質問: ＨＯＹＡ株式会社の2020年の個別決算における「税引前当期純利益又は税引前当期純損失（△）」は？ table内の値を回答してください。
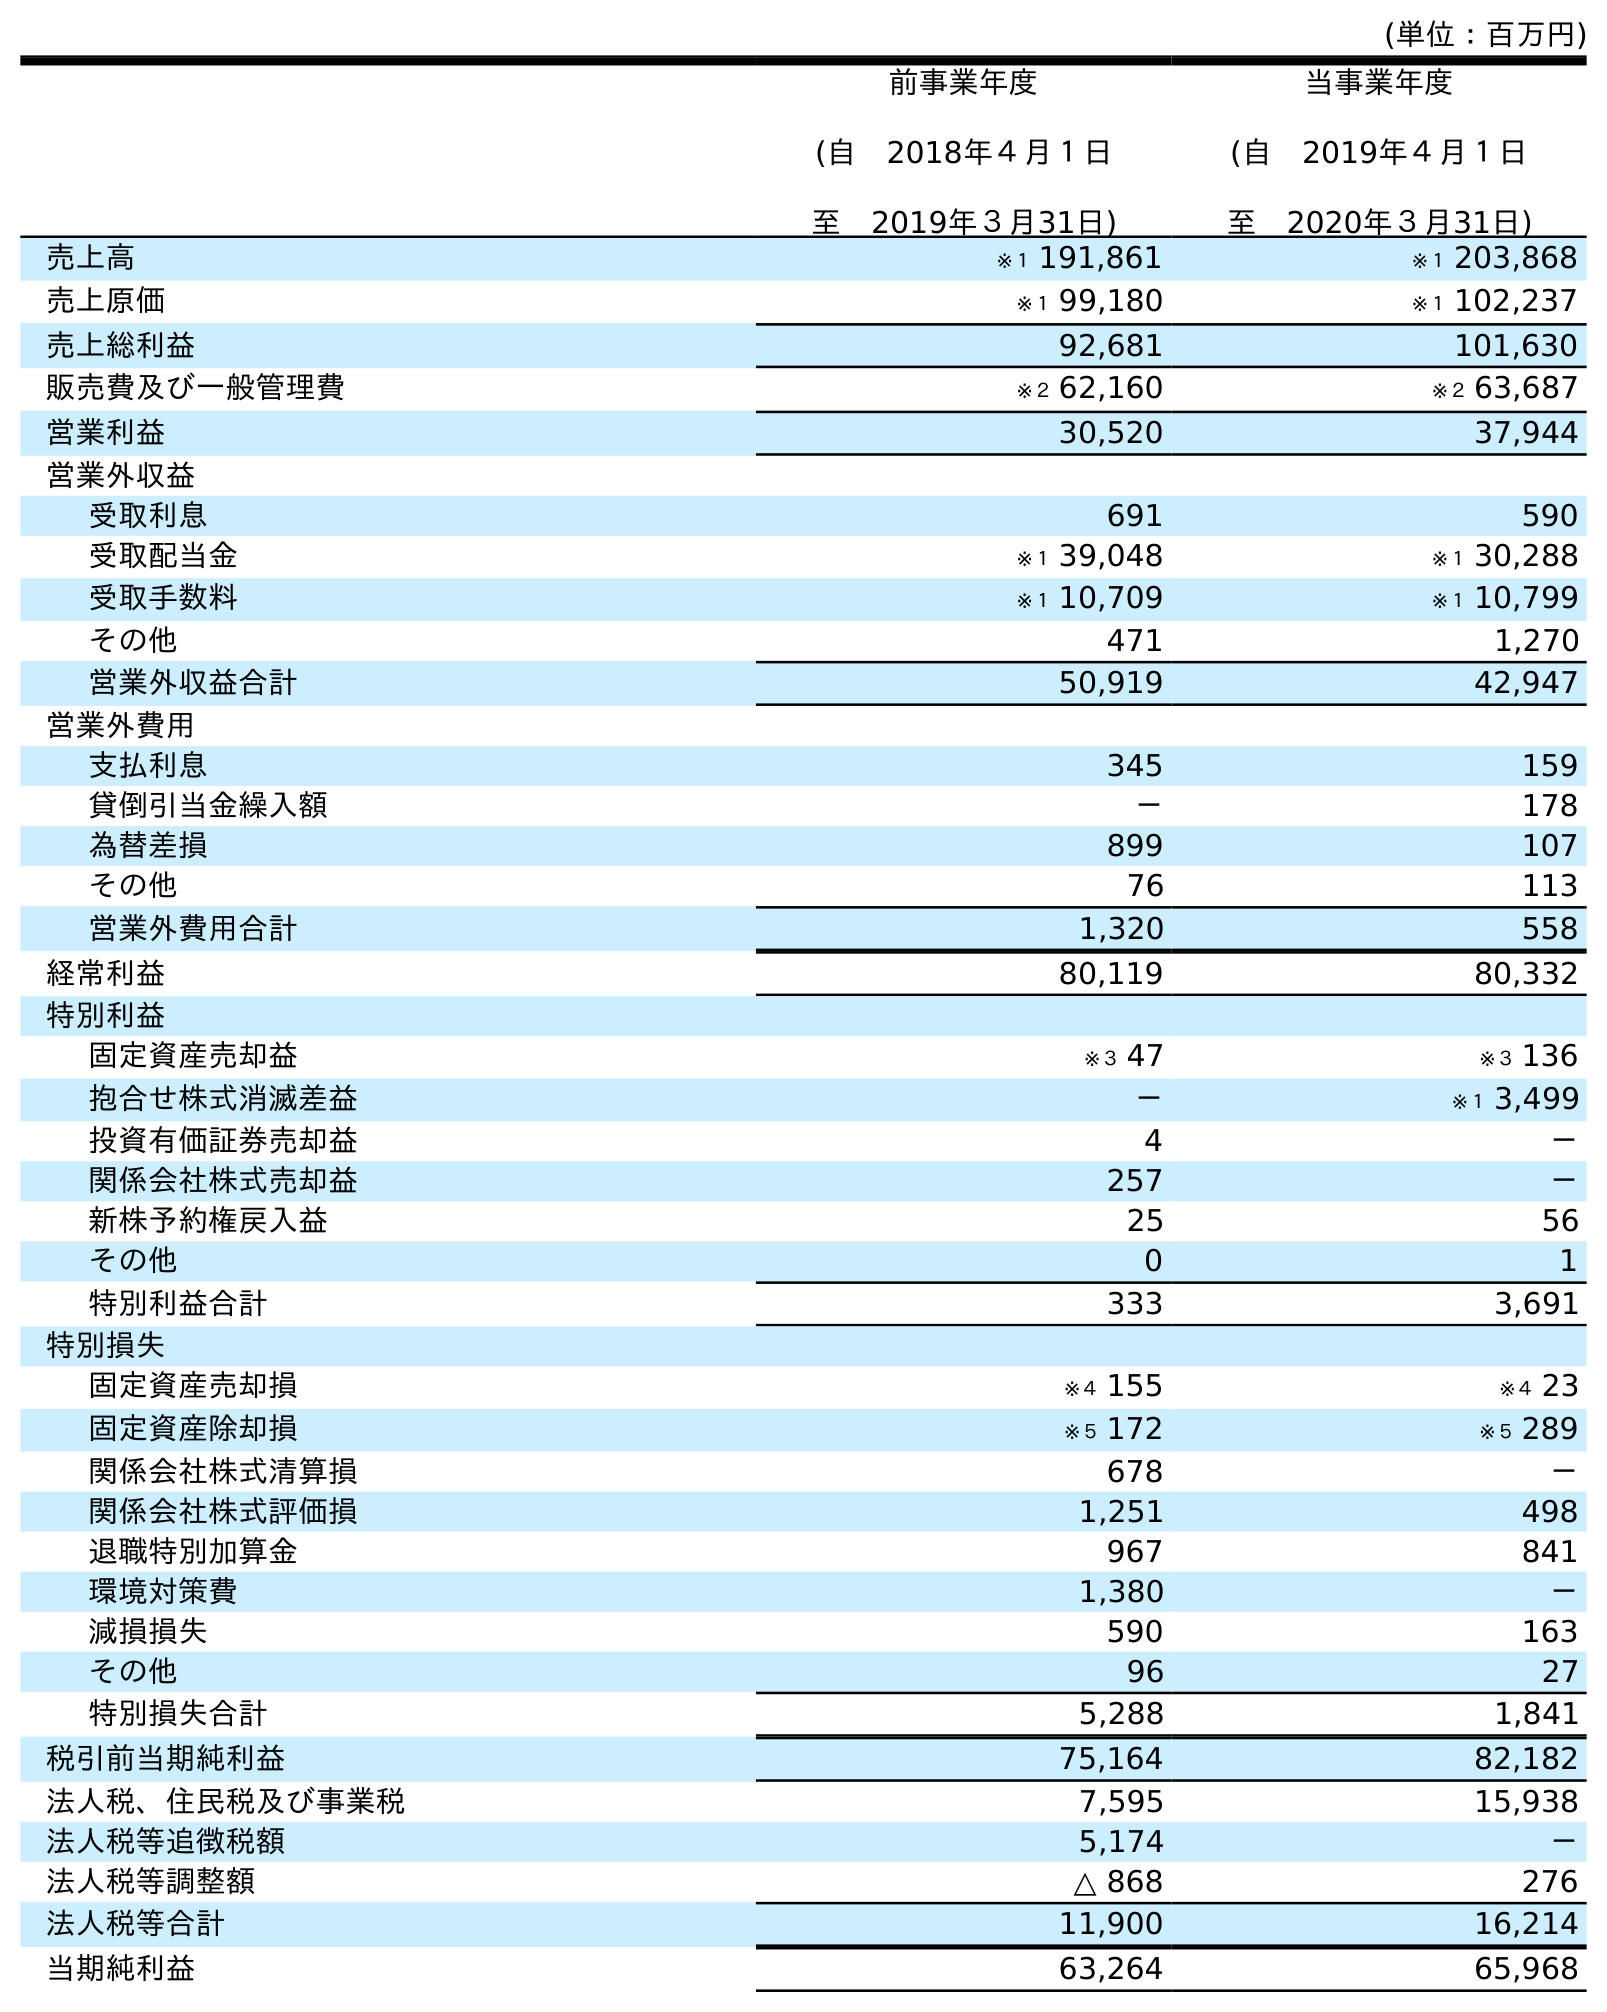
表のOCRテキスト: (単位：百万円) 前事業年度 (自 2018年４月１日 至 2019年３月31日) 当事業年度 (自 2019年４月１日 至 2020年３月31日) 売上高 ※１ 191,861 ※１ 203,868 売上原価 ※１ 99,180 ※１ 102,237 売上総利益 92,681 101,630 販売費及び一般管理費 ※２ 62,160 ※２ 63,687 営業利益 30,520 37,944 営業外収益 受取利息 691 590 受取配当金 ※１ 39,048 ※１ 30,288 受取手数料 ※１ 10,709 ※１ 10,799 その他 471 1,270 営業外収益合計 50,919 42,947 営業外費用 支払利息 345 159 貸倒引当金繰入額 － 178 為替差損 899 107 その他 76 113 営業外費用合計 1,320 558 経常利益 80,119 80,332 特別利益 固定資産売却益 ※３ 47 ※３ 136 抱合せ株式消滅差益 － ※１ 3,499 投資有価証券売却益 4 － 関係会社株式売却益 257 － 新株予約権戻入益 25 56 その他 0 1 特別利益合計 333 3,691 特別損失 固定資産売却損 ※４ 155 ※４ 23 固定資産除却損 ※５ 172 ※５ 289 関係会社株式清算損 678 － 関係会社株式評価損 1,251 498 退職特別加算金 967 841 環境対策費 1,380 － 減損損失 590 163 その他 96 27 特別損失合計 5,288 1,841 税引前当期純利益 75,164 82,182 法人税、住民税及び事業税 7,595 15,938 法人税等追徴税額 5,174 － 法人税等調整額 △ 868 276 法人税等合計 11,900 16,214 当期純利益 63,264 65,968
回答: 82,182